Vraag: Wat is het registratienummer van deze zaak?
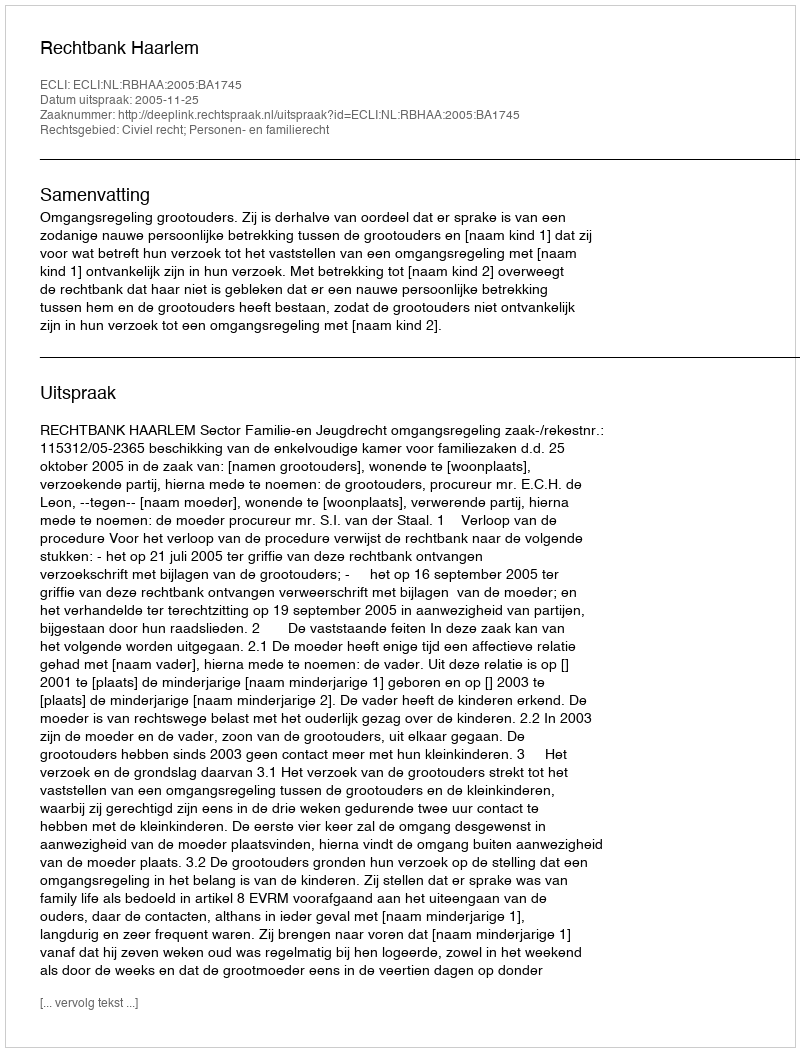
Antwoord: http://deeplink.rechtspraak.nl/uitspraak?id=ECLI:NL:RBHAA:2005:BA1745